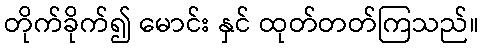
တိုက်ခိုက်၍ မောင်း နှင် ထုတ်တတ်ကြသည်။